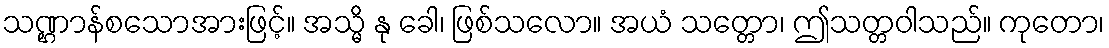
သဏ္ဌာန်စသောအားဖြင့်။ အသ္မိ နု ခေါ၊ ဖြစ်သလော။ အယံ သတ္တော၊ ဤသတ္တဝါသည်။ ကုတော၊